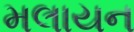
મલાયન